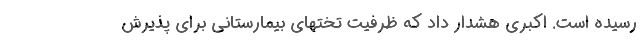
رسیده است. اکبری هشدار داد که ظرفیت تختهای بیمارستانی برای پذیرش